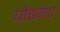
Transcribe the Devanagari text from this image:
प्रौढगट